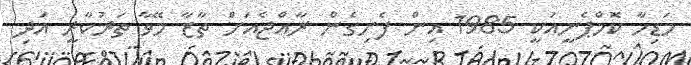
މަޑިހާ ކޮމްޕެނީއަކީ 1985 އިން ފެށިގެން ރާއްޖެއަށް ތާޒާ މޭވާ ތަރުކާރީ އަދި